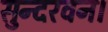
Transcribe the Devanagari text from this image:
सुन्दरवन।